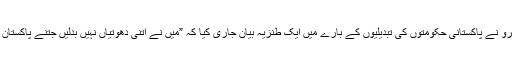
حتیٰ کہ بھارت کے وزیر اعظم موتی لال نہرو نے پاکستانی حکومتوں کی تبدیلیوں کے بارے میں ایک طنزیہ بیان جاری کیا کہ ”میں نے اتنی دھوتیاں نہیں بدلیں جتنے پاکستان کے وزیر اعظم انِ سالوں میں بدل چکے ہیں۔